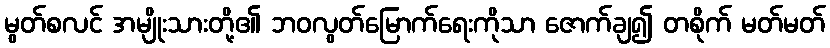
မွတ်စလင် အမျိုးသားတို့၏ ဘဝလွတ်မြောက်ရေးကိုသာ ဇောက်ချ၍ တစိုက် မတ်မတ်